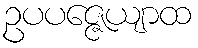
ဥပပဇ္ဇေယျာထ